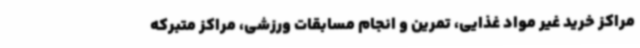
مراکز خرید غیر مواد غذایی، تمرین و انجام مسابقات ورزشی، مراکز متبرکه